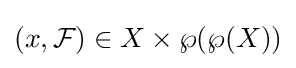
\left(x,{\mathcal {F}}\right)\in X\times \wp (\wp (X))